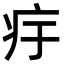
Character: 㽳